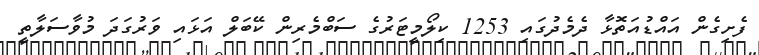
ފެށިގެން އައްޑުއަތޮޅާ ދެމެދުގައި 1253 ކިލޯމީޓަރުގެ ސަބްމެރިން ކޭބަލް އަޅައި ވަރުގަދަ މުވާސަލާތީ